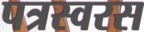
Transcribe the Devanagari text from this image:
पत्रस्वरस